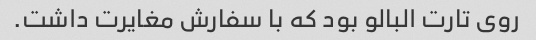
روی تارت البالو بود که با سفارش مغایرت داشت.